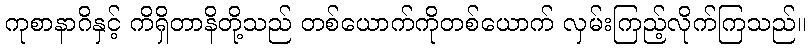
ကုစာနာဂိနှင့် ကိရှိတာနိတို့သည် တစ်ယောက်ကိုတစ်ယောက် လှမ်းကြည့်လိုက်ကြသည်။